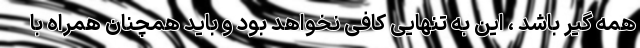
همه گیر باشد ، این به تنهایی کافی نخواهد بود و باید همچنان همراه با